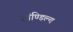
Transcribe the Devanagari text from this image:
शांण्डिल्य